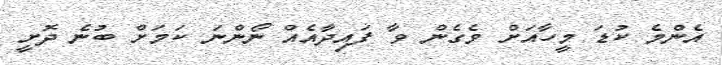
އެންމެ ކުޑަ މީހާއަށް ވެގެން ވާ ފައިދާއެއް ނޯންނަ ކަމަށް ބުނެ ދޮށީ